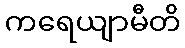
ကရေယျာမီတိ